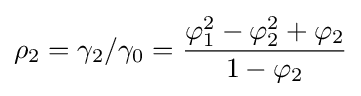
\rho _{2}=\gamma _{2}/\gamma _{0}={\frac {\varphi _{1}^{2}-\varphi _{2}^{2}+\varphi _{2}}{1-\varphi _{2}}}